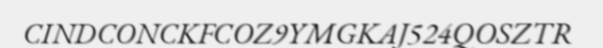
CINDCONCKFCOZ9YMGKAJ524QOSZTR